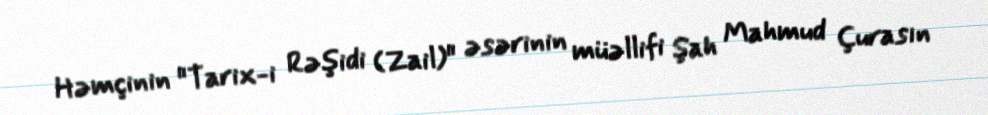
Həmçinin "Tarix-i Rəşidi (Zail)" əsərinin müəllifi Şah Mahmud Çurasın